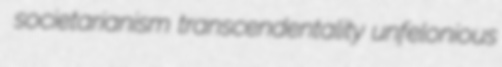
societarianism transcendentality unfelonious